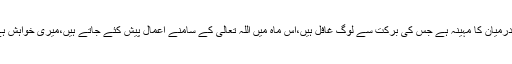
رسول اللہ صلی الله علیہ وسلم نے فرمایاکہ:رجب اور رمضان کے درمیان کا مہینہ ہے جس کی برکت سے لوگ غافل ہیں،اس ماہ میں اللہ تعالی کے سامنے اعمال پیش کئے جاتے ہیں،میری خواہش ہے کہ میرے اعمال اس حال میں پیش ہوں کہ میں روزے سے ہوں۔